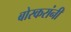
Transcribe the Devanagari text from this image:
बोरकरांनी